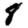
Digit: 8